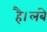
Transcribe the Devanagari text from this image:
है।लंबे